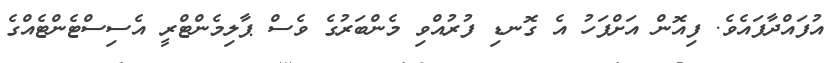
އުފައްދާފައެވެ. ފިއޮން އަށްފަހު އެ ގޮނޑި ފުރުއްވި މެންބަރުގެ ވެސް ޕާލިމެންޓްރީ އެސިސްޓެންޓެއްގެ